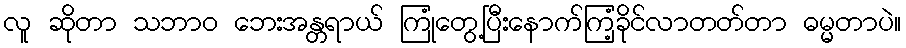
လူ ဆိုတာ သဘာဝ ဘေးအန္တရာယ် ကြုံတွေ့ပြီးနောက်ကြံ့ခိုင်လာတတ်တာ ဓမ္မတာပဲ။